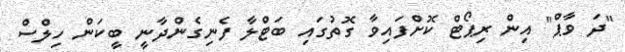
"ދަ ވާޕް" އިން ރިޕޯޓް ކޮށްފައިވާ ގޮތުގައި ބަޓްލާ ފެނިގެންދާނީ ބީކަން ހިލްސް